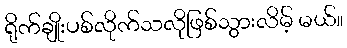
ရိုက်ချိုးပစ်လိုက်သလိုဖြစ်သွားလိမ့် မယ်။